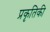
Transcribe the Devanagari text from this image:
प्रकृतिकी